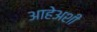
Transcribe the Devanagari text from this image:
आहेअशी